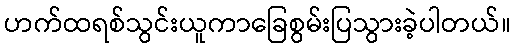
ဟက်ထရစ်သွင်းယူကာခြေစွမ်းပြသွားခဲ့ပါတယ်။